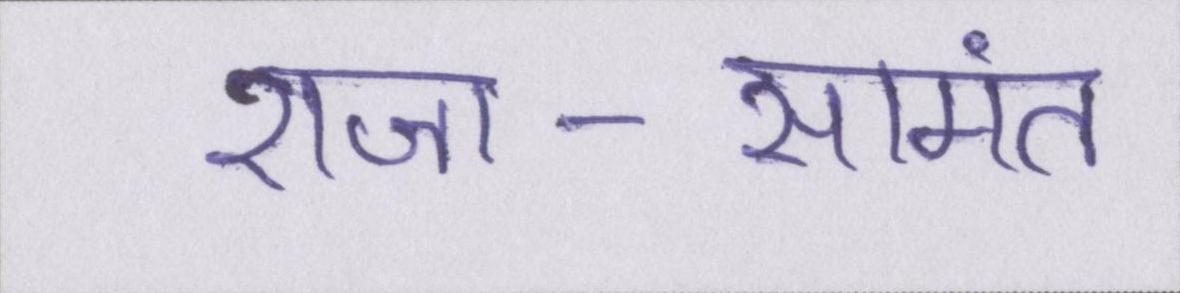
राजा-सामंत